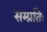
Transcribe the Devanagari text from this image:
सम्प्रतिः